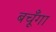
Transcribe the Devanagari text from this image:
बचूँगा